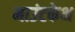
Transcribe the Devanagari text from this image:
माउंटकेभ